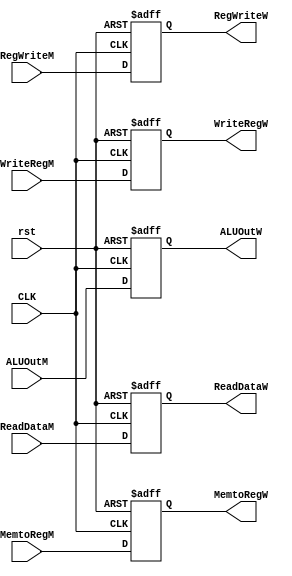
module WriteBack_Reg (
input CLK , rst , RegWriteM , MemtoRegM,
input [4:0] WriteRegM,
input [31:0] ALUOutM , ReadDataM,
output reg RegWriteW , MemtoRegW,
output reg [4:0] WriteRegW,
output reg [31:0] ALUOutW , ReadDataW
);

always @( posedge CLK or negedge rst )
begin
if ( !rst ) begin
RegWriteW <= 1'b0;
MemtoRegW <= 1'b0;
WriteRegW <= 1'b0;
ALUOutW <= 1'b0;
ReadDataW <= 1'b0;
end
else begin
RegWriteW <= RegWriteM;
MemtoRegW <= MemtoRegM;
WriteRegW <= WriteRegM;
ALUOutW <= ALUOutM;
ReadDataW <= ReadDataM;
end
end

endmodule